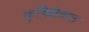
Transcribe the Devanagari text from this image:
कृषिक्षेत्रात